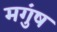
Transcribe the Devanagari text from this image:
मगुंष